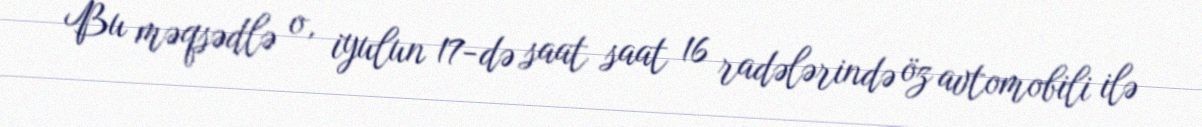
Bu məqsədlə o, iyulun 17-də saat saat 16 radələrində öz avtomobili ilə